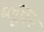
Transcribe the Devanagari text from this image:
ब्लूचर